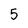
Character: 5